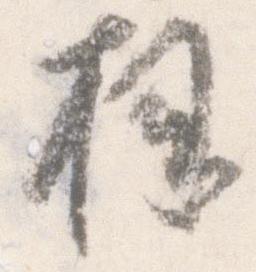
拝